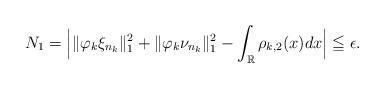
LaTeX: \begin{align*}N_1=\Big |\|\varphi_k \xi_{n_k}\|^2_1+ \| \varphi_k\nu_{n_k}\|^2_1-\int_{\mathbb R} \rho_{k,2}(x)dx\Big|\leqq \epsilon.\end{align*}